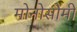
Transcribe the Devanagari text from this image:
मोनोसोमी